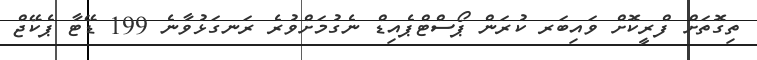
ތިގޮތަށް ފްރީކޮށް ވައިބަރ ކުރަން ޕޯސްޓްޕެއިޑް ނެގުމަށްވުރެ ރަނގަޅުވާނެ 199 ޑޭޓާ ޕެކޭޖް